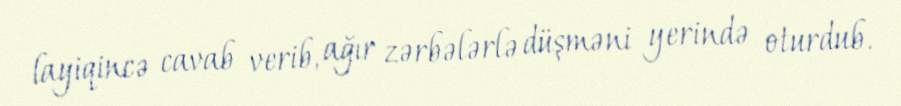
layiqincə cavab verib, ağır zərbələrlə düşməni yerində oturdub.